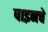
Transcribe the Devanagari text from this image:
पाइनचे